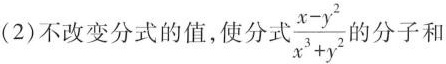
(2)不改变分式的值，使分式 \frac{x-y^{2}}{x^{3}+y^{2}} 的分子和